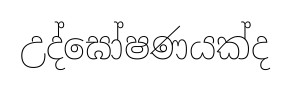
උද්ඝෝෂණයක්ද